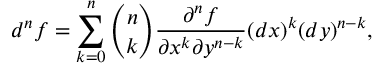
d ^ { n } f = \sum _ { k = 0 } ^ { n } { \binom { n } { k } } { \frac { \partial ^ { n } f } { \partial x ^ { k } \partial y ^ { n - k } } } ( d x ) ^ { k } ( d y ) ^ { n - k } ,